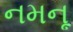
નમનૂ